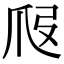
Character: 𤓷